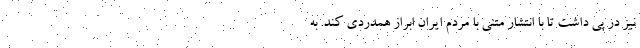
نیز در پی داشت تا با انتشار متنی با مردم ایران ابراز همدردی کند. به